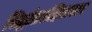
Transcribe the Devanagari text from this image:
सिद्धांतसंहितासार